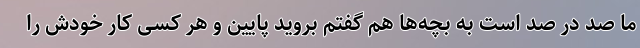
ما صد در صد است به بچه‌ها هم گفتم بروید پایین و هر کسی کار خودش را